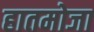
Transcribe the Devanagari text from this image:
हातमोजा